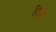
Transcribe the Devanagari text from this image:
दिम्री